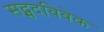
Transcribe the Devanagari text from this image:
सद्सदविवेक